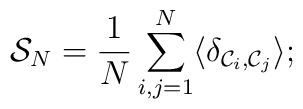
{\cal{S}}_N = {\frac{1}{N}}\sum_{i,j=1}^{N} \langle \delta_{{\cal{C}}_i,               {\cal{C}}_j} \rangle;\protect